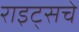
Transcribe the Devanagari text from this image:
राइट्सचे